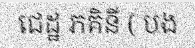
ជេដ្ឋ ភគិនី ( បង